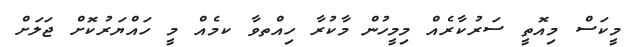
މީކަސް މިއޮތީ ސަރުކާރެއް މިމީހުން މާކުރާ ހިއްތވާ ކމެއް މީ ހައްޔަރުކޮށް ޖަލަށް